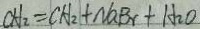
C H _ { 2 } = C H _ { 2 } + N a B r + H _ { 2 } O